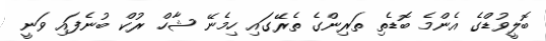
ބޮލީވުޑްގެ އެންމެ ބޮޑެތި ތަރިންގެ ތެރޭގައި ހިމެނޭ ޝާހް ރުކް ބުނެފައި ވަނީ